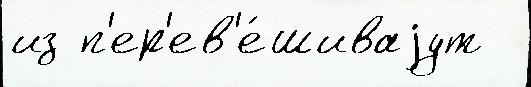
из п'ер'ев'е́шиваjут